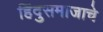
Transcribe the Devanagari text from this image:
हिंदुसमाजाचे